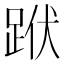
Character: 䟮